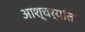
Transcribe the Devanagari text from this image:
आश्चर्यांत